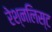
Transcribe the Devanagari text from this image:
रेश्नलिस्ट